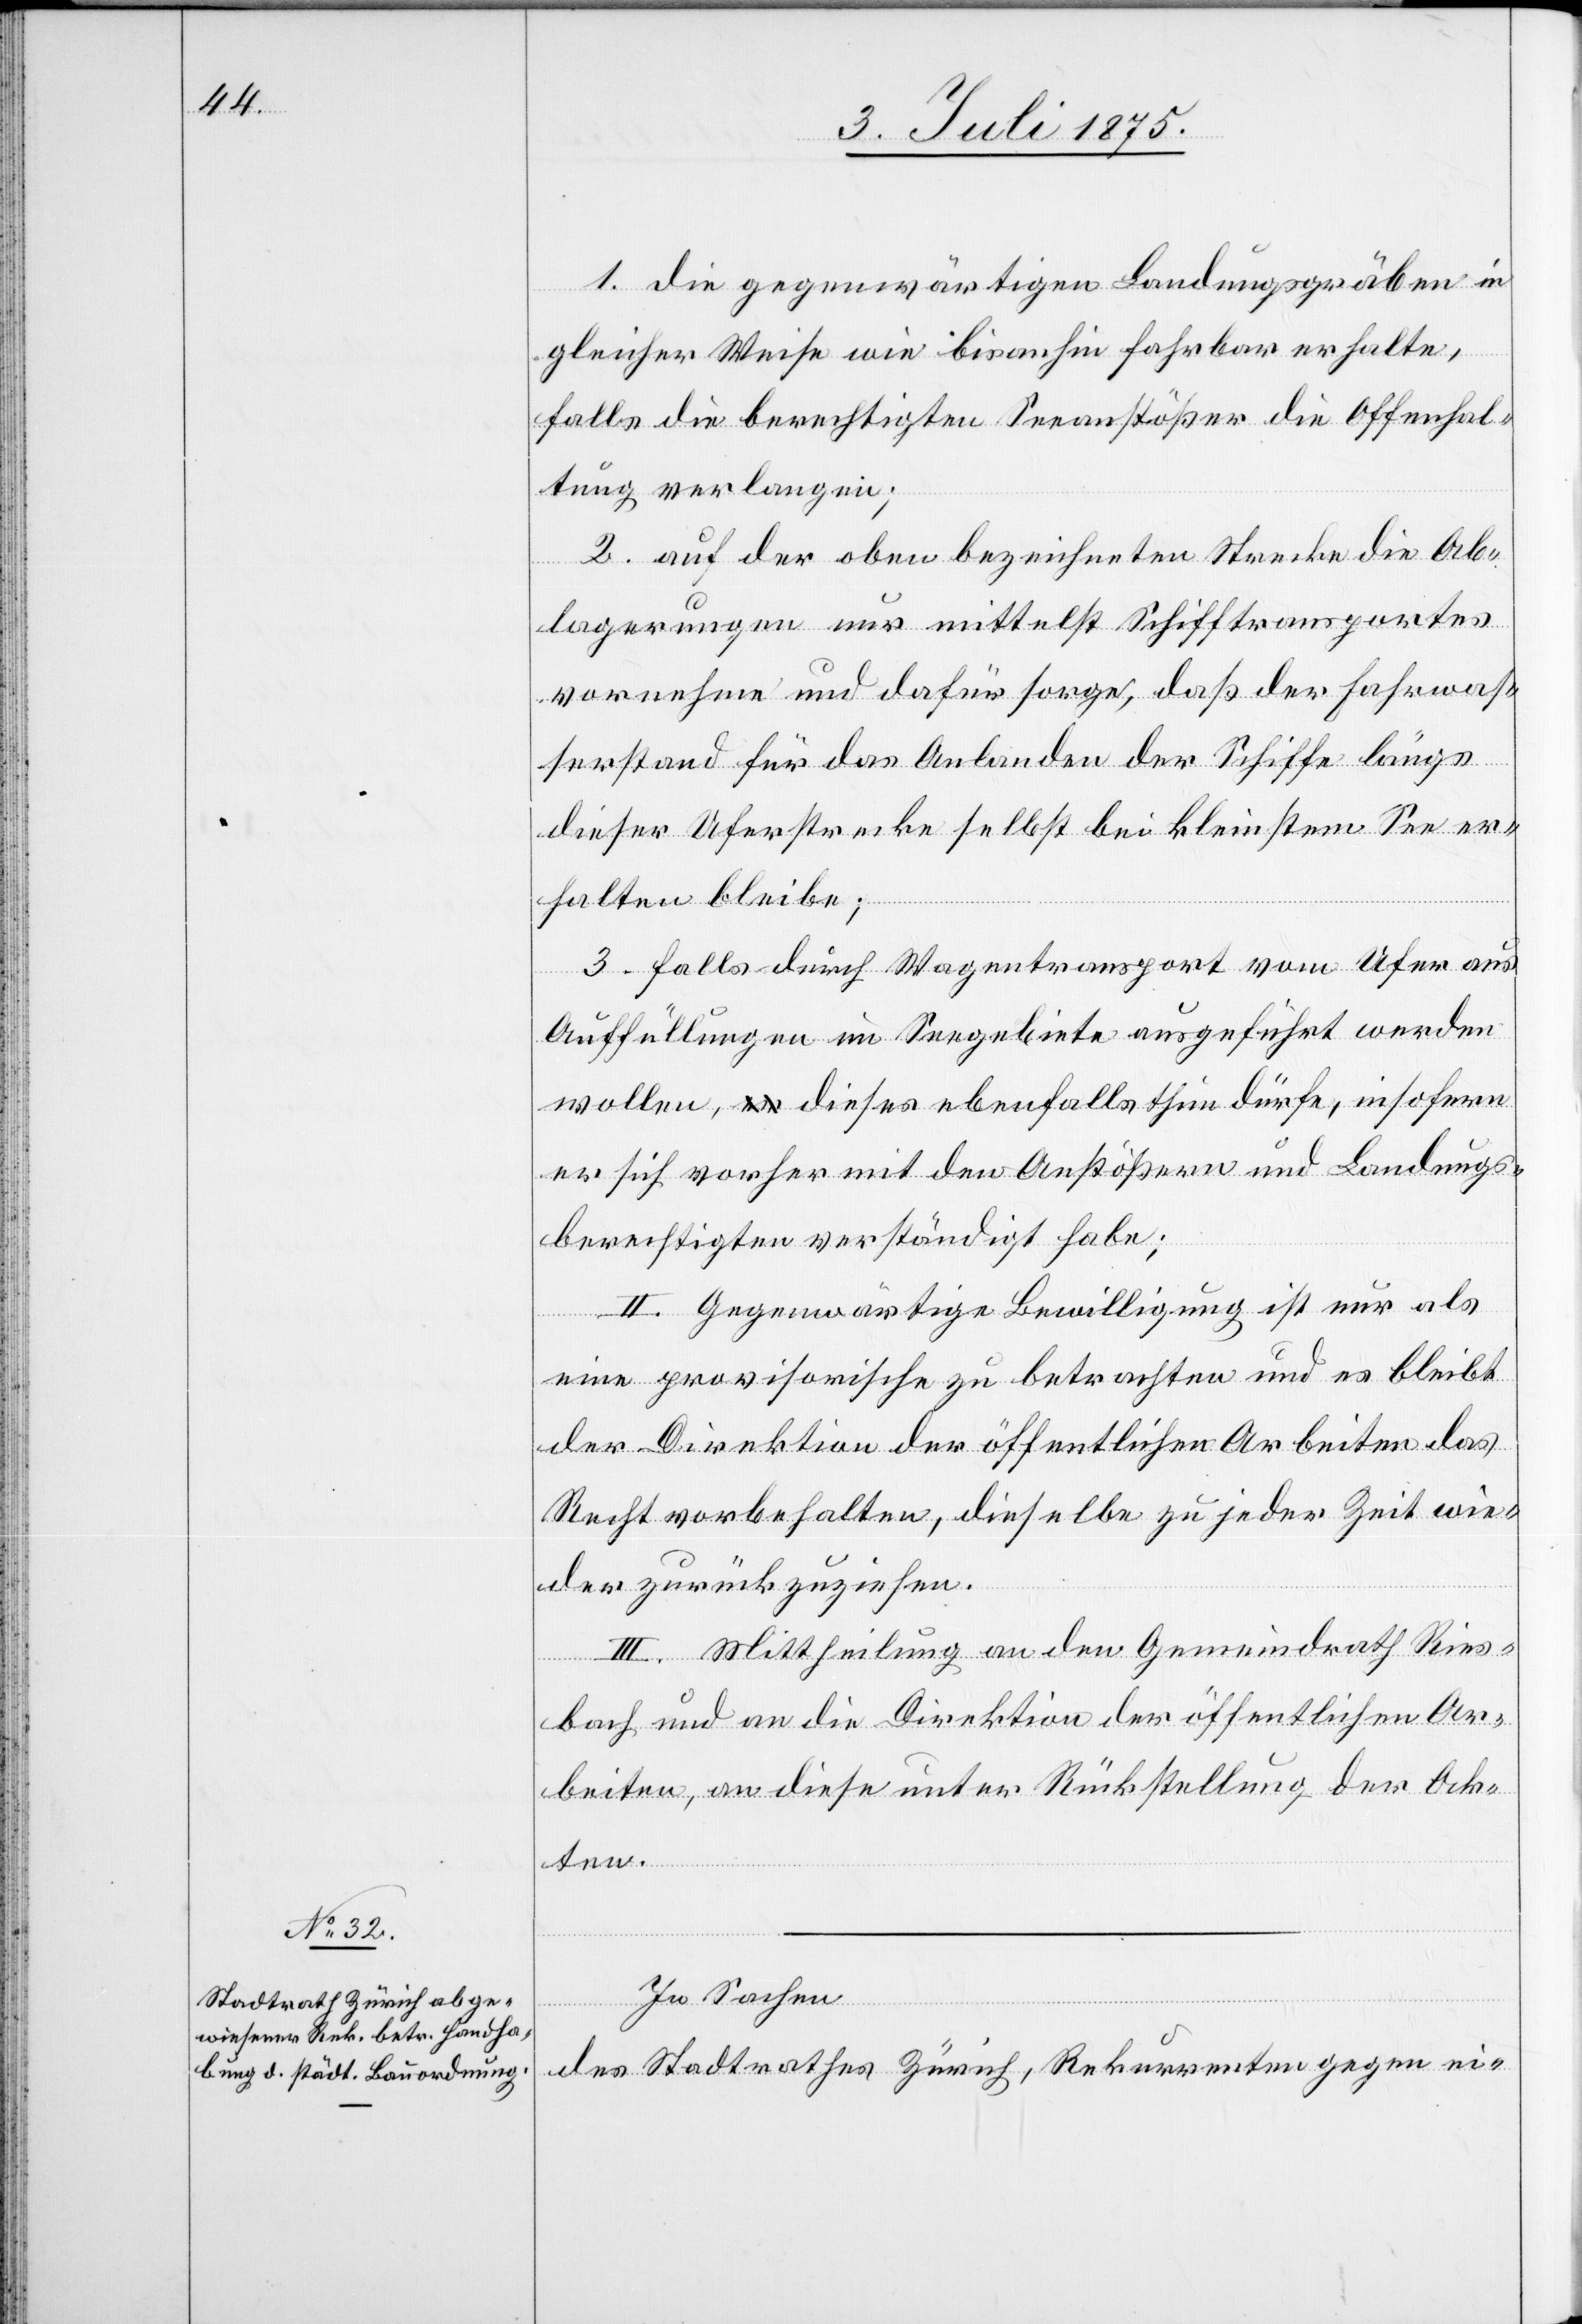
1. die gegenwärtigen Landungsgräben in
gleicher Weise wie bis anhin fahrbar erhalte,
falls die berechtigten Seeanstößer die Offenhal¬
tung verlangen;
2. auf der oben bezeichneten Strecke die Ab¬
lagerungen nur mittelst Schifftransportes
vornehme und dafür sorge, daß der Fahrwas¬
serstand für das Anlanden der Schiffe längs
dieser Uferstrecke selbst bei kleinstem See er¬
halten bleibe,
3. falls durch Wagentransport vom Ufer aus
Auffüllungen im Seegebiete ausgeführt werden
wollen, dieses ebenfalls thun dürfe, insofern
er sich vorher mit den Anstößern und Landungs¬
berechtigten verständigt habe;
II. Gegenwärtige Bewilligung ist nur als
eine provisorische zu betrachten und es bleibt
der Direktion der öffentlichen Arbeiten das
Recht vorbehalten, dieselbe zu jeder Zeit wie¬
der zurückzuziehen.
III. Mittheilung an den Gemeindrath Ries¬
bach und an die Direktion der öffentlichen Ar¬
beiten, an diese unter Rückstellung der Ak¬
ten.
In Sachen
des Stadtrathes Zürich, Rekurrenten gegen ei-